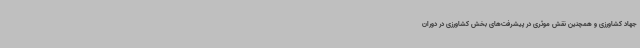
جهاد کشاورزی و همچنین نقش موثری در پیشرفت‌های بخش کشاورزی در دوران